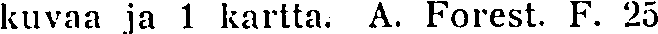
kuvaa ja 1 kartta. A. Forest. F. 25